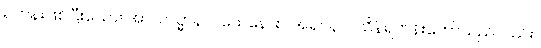
ရဟန်းဖြစ်ပြီးသော။ အာယသ္မာနာဂသေနောစ၊ အရှင်နာဂသိန်ရဟန်းတော်သည်လည်း။